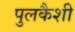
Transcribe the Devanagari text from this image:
पुलकैशी